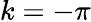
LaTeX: k=-\pi